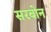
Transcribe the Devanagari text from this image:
सरबोन